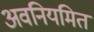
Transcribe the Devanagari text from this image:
अवनियमित